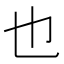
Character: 也